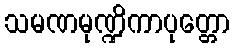
သမဏမုဏ္ဍိကာပုတ္တော